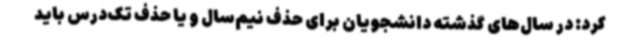
کرد: در سال‌های گذشته دانشجویان برای حذف نیم‌سال و یا حذف تک‌درس باید